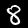
Label: 8